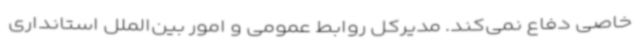
خاصی دفاع نمی‌کند. مدیرکل روابط عمومی و امور بین‌الملل استانداری